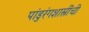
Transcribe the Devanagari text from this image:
पांडुरंगशास्त्रींची